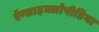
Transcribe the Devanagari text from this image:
ऍन्साइक्लोपीडिया